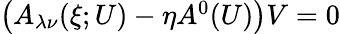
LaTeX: \begin{array}{r}{\left(A_{\lambda\nu}(\xi;U)-\eta A^{0}(U)\right)V=0}\end{array}